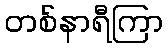
တစ်နာရီကြာ